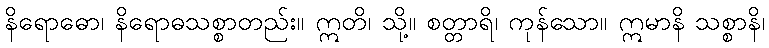
နိရောဓော၊ နိရောဓသစ္စာတည်း။ ဣတိ၊ သို့။ စတ္တာရိ၊ ကုန်သော။ ဣမာနိ သစ္စာနိ၊